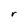
Character: r